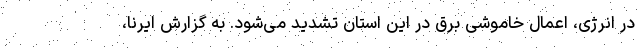
در انرژی، اعمال خاموشی برق در این استان تشدید می‌شود. به گزارش ایرنا،